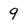
Character: 9